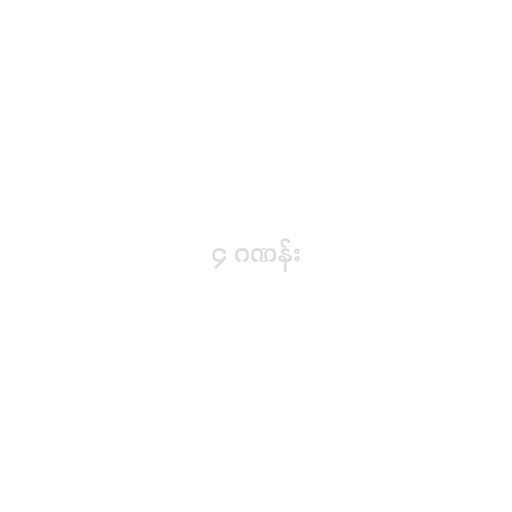
၄ ဂဏန်း